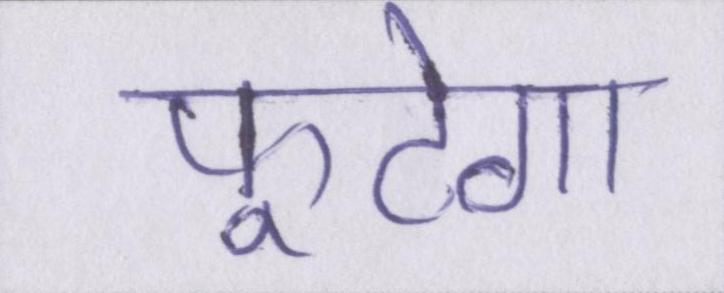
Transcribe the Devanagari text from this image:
फूटेगा